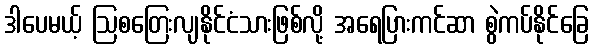
ဒါပေမယ့် ဩစတြေးလျနိုင်ငံသားဖြစ်လို့ အရေပြားကင်ဆာ စွဲကပ်နိုင်ခြေ